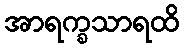
အာရက္ခသာရထိ